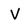
Character: V